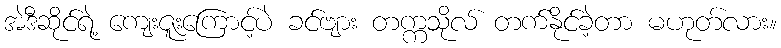
အဲဒီဆိုင်ရဲ့ ကျေးဇူးကြောင့်ပဲ ခင်ဗျား တက္ကသိုလ် တက်နိုင်ခဲ့တာ မဟုတ်လား။